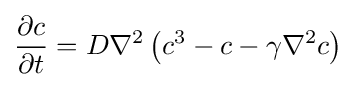
{\frac {\partial c}{\partial t}}=D\nabla ^{2}\left(c^{3}-c-\gamma \nabla ^{2}c\right)